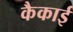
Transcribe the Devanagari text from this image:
कैकाई